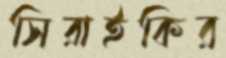
সিরাইকির